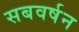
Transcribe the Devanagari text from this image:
सबवर्षन